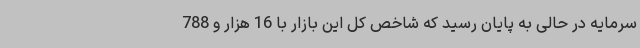
سرمایه در حالی به پایان رسید که شاخص کل این بازار با 16 هزار و 788